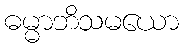
ဓမ္မာဘိသမယော